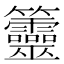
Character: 䉹